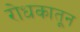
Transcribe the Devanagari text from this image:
रोधकातून